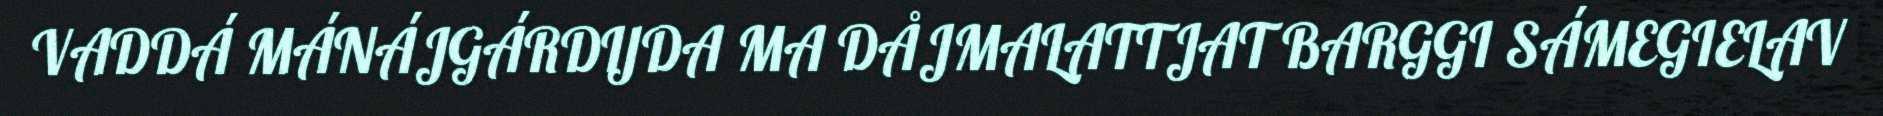
VADDÁ MÁNÁJGÁRDIJDA MA DÅJMALATTJAT BARGGI SÁMEGIELAV